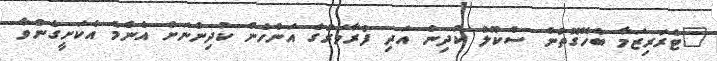
"ޓެރަރިޒަމާ ބެހޭގޮތުން ސްކޫލް ކުދިން އަދި ފުރާވަރުގެ އަންހެން ކުދިންނަށް އެންމެ އެކަށީގެންވާ